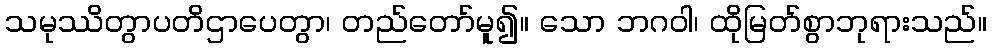
သမုဿိတွာပတိဌာပေတွာ၊ တည်တော်မူ၍။ သော ဘဂဝါ၊ ထိုမြတ်စွာဘုရားသည်။